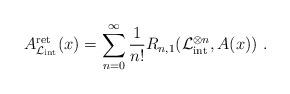
LaTeX: \begin{align*} A^\mathrm{ret}_{\mathcal{L}_{\mathrm{int}}}(x)= \sum_{n=0}^{\infty} \frac{1}{n!} R_{n,1}(\mathcal{L}_{\mathrm{int}}^{\otimes n},A(x))\ .\end{align*}